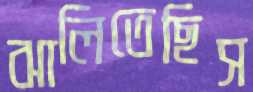
ঝালিতেছিস